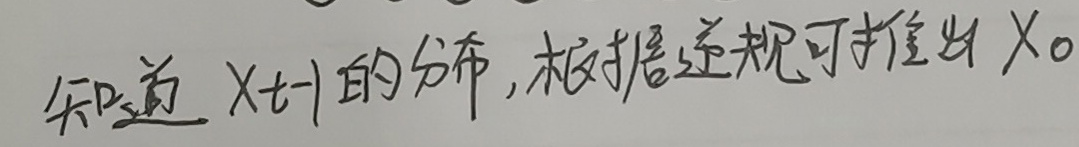
知道 $X_{t - 1}$ 的分布, 根据递规可推出 $X_{0}$